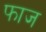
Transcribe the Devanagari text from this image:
फाज